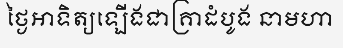
ថ្ងៃអាទិត្យឡើងជាគ្រាដំបូង នាមហា